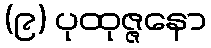
(၉) ပုထုဇ္ဇနော